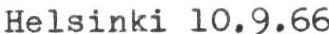
Helsinki 10.9.66